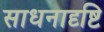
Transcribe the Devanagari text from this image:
साधनादृष्टि